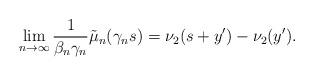
LaTeX: \begin{align*} \lim_{n\to\infty} \frac{1}{\beta_n\gamma_n} \tilde{\mu}_n(\gamma_n s)=\nu_{2}(s+y')-\nu_{2}(y'). \end{align*}